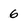
Character: 6